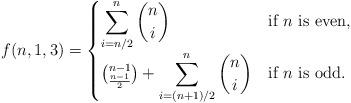
LaTeX: \begin{align*} f(n,1,3) = \begin{cases} \displaystyle\sum_{i=n/2}^n {n \choose i} & \mbox{if } n\mbox{ is even,} \\ {n-1 \choose \frac{n-1}{2}}+\displaystyle\sum_{i=(n+1)/2}^n {n \choose i} & \mbox{if } n\mbox{ is odd.} \end{cases} \end{align*}